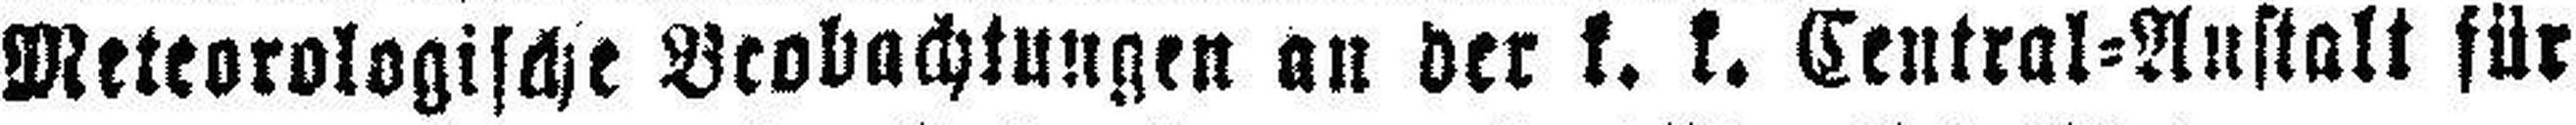
Meteorologische Beobachtungen an der k. k. Central=Austalt für